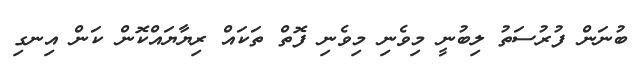
ބުނަން ފުރުސަތު ލިބުނީ މިވެނި މިވެނި ފޮތް ތަކައް ރިޔާޔައްކޮން ކަން އިނގި